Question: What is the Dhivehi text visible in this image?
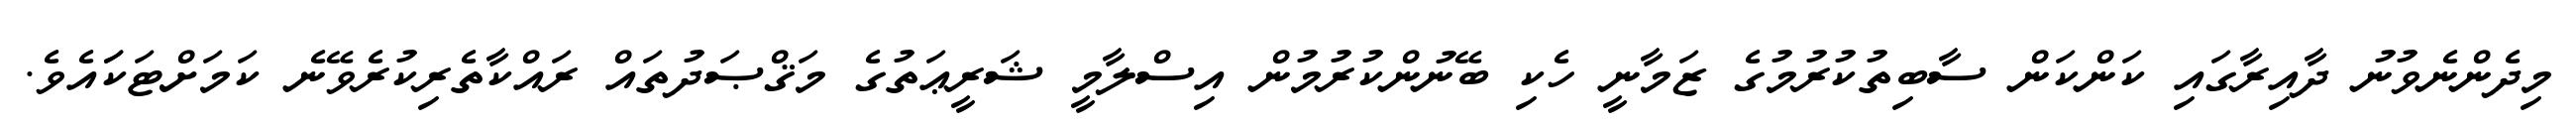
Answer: މިދެންނެވުނު ދާއިރާގައި ކަންކަން ސާބިތުކުރުމުގެ ޒަމާނީ ހެކި ބޭނުންކުރުމުން އިސްލާމީ ޝަރީޢަތުގެ މަޤްޞަދުތައް ރައްކާތެރިކުރެވޭނެ ކަމަށްޓަކަައެވެ.